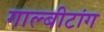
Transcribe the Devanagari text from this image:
गाल्बीटांग